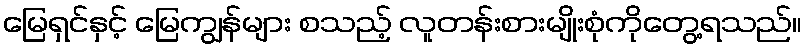
မြေရှင်နှင့် မြေကျွန်များ စသည့် လူတန်းစားမျိုးစုံကိုတွေ့ရသည်။